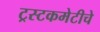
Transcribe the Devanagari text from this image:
ट्रस्टकमेटीचे